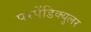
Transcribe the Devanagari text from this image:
परपेंडिक्युलर